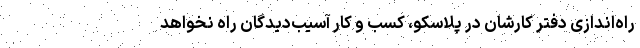
راه‌اندازی دفتر کارشان در پلاسکو، کسب و کار آسیب‌دیدگان راه نخواهد